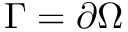
\Gamma = \partial \Omega